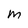
Character: m